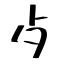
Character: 歺